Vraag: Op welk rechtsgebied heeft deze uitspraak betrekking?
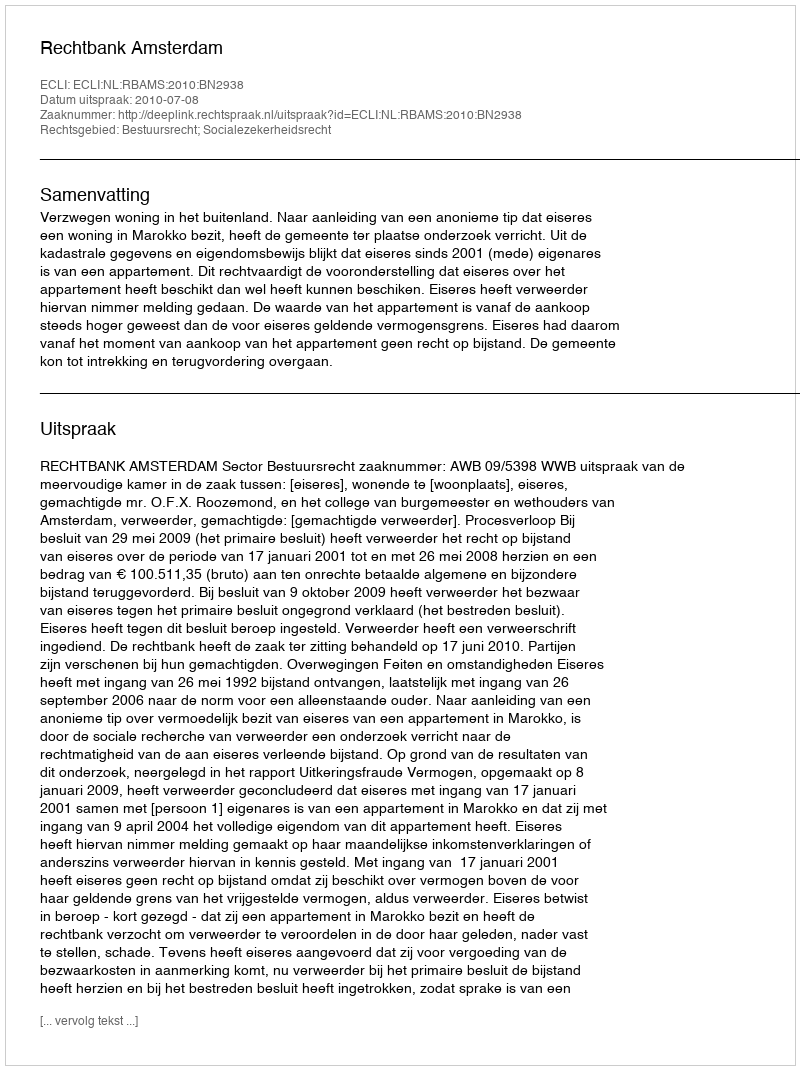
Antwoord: Bestuursrecht; Socialezekerheidsrecht